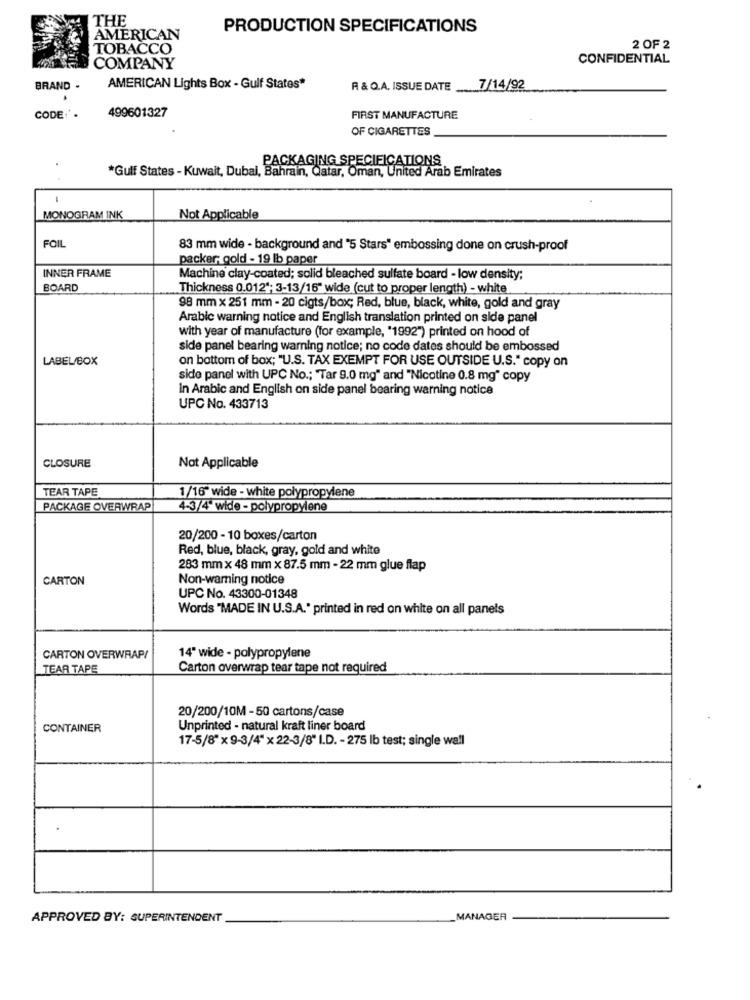
THE
PRODUCTION SPECIFICATIONS
AMERICAN
TOBACCO
2 OF 2
CONFIDENTIAL
COMPANY
BRAND .
AMERICAN Lights Box - Guif States*
A & Q.A. ISSUE DATE
7/14/92
499601327
CODE'.
FIRST MANUFACTURE
OF CIGARETTES
PACKAGING SPECIFICATIONS
*Gulf States - Kuwait, Dubai, Bahrain, Qatar, Oman, United Arab Emirates
MONOGRAM INK
Not Applicable
FOIL
83 mm wide - background and "5 Stars" embossing done on crush-proof
packer; gold - 19 lb paper
INNER FRAME
Machine clay-coated; solid bleached sulfate board - low density;
BOARD
Thickness 0.012"; 3-13/16" wide (cut to proper length) - white
98 mm x 251 mm - 20 cigts/box; Red, blue, black, white, gold and gray
Arabic warning notice and English translation printed on side panel
with year of manufacture (for example, "1992") printed on hood of
side panel bearing warning notice; no code dates should be embossed
LABEL/BOX
on bottom of box; "U.S. TAX EXEMPT FOR USE OUTSIDE U.S." copy on
side panel with UPC No .; "Tar 9.0 mg" and "Nicotine 0.8 mg" copy
In Arabic and English on side panel bearing warning notice
UPC No. 433713
CLOSURE
Not Applicable
TEAR TAPE
1/16" wide - white polypropylene
PACKAGE OVERWRAP
4-3/4" wide - polypropylene
20/200 - 10 boxes/carton
Red, blue, black, gray, gold and white
283 mm × 48 mm x 87.5 mm - 22 mm glue flap
CARTON
Non-warning notice
UPC No. 43300-01348
Words "MADE IN U.S.A." printed in red on white on all panels
CARTON OVERWRAP/
14" wide - polypropylene
TEAR TAPE
Carton overwrap tear tape not required
20/200/10M -50 cartons/case
CONTAINER
Unprinted - natural kraft liner board
17-5/8" x 9-3/4" x 22-3/8" I.D. - 275 lb test; single wall
APPROVED BY: SUPERINTENDENT
MANAGER